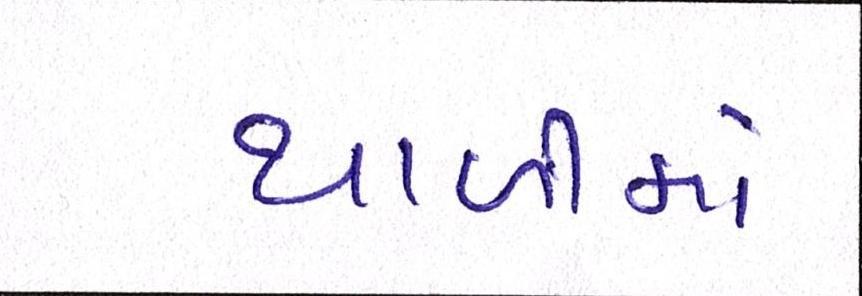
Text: થાળીમાં